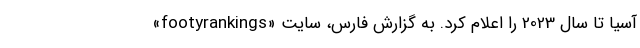
آسیا تا سال 2023 را اعلام کرد. به گزارش فارس، سایت «footyrankings»